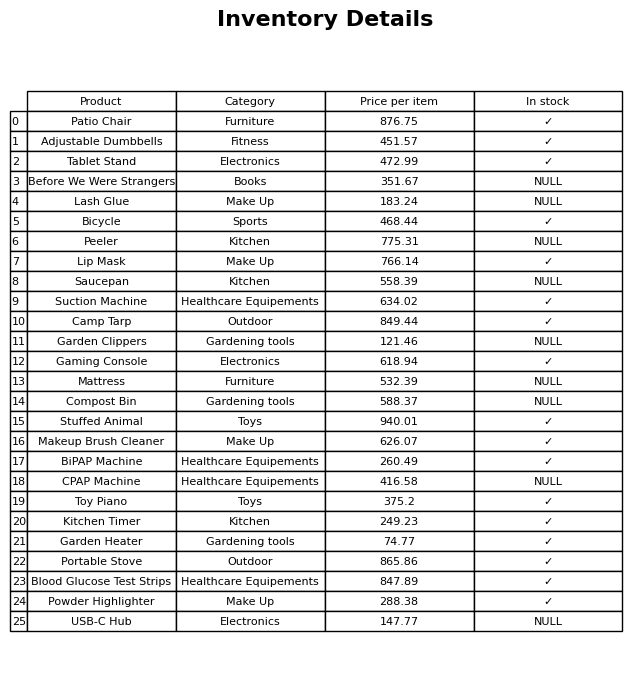
question: Is the Tablet Stand in stock?
answer: ✓